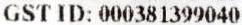
GST ID: 000381399040